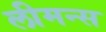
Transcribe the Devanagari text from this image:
लीमन्स